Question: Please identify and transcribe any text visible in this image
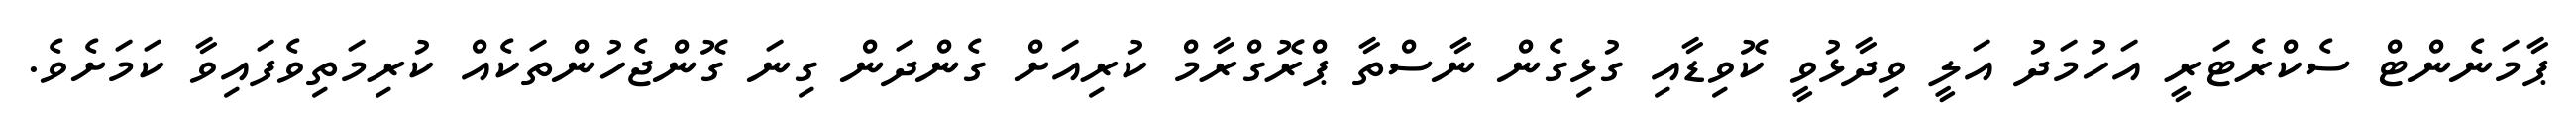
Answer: ޕާމަނެންޓް ސެކްރެޓަރީ އަހުމަދު އަލީ ވިދާޅުވީ ކޮވިޑާއި ގުޅިގެން ނާސްތާ ޕްރޮގްރާމް ކުރިއަށް ގެންދަން ގިނަ ގޮންޖެހުންތަކެއް ކުރިމަތިވެފައިވާ ކަމަށެވެ.